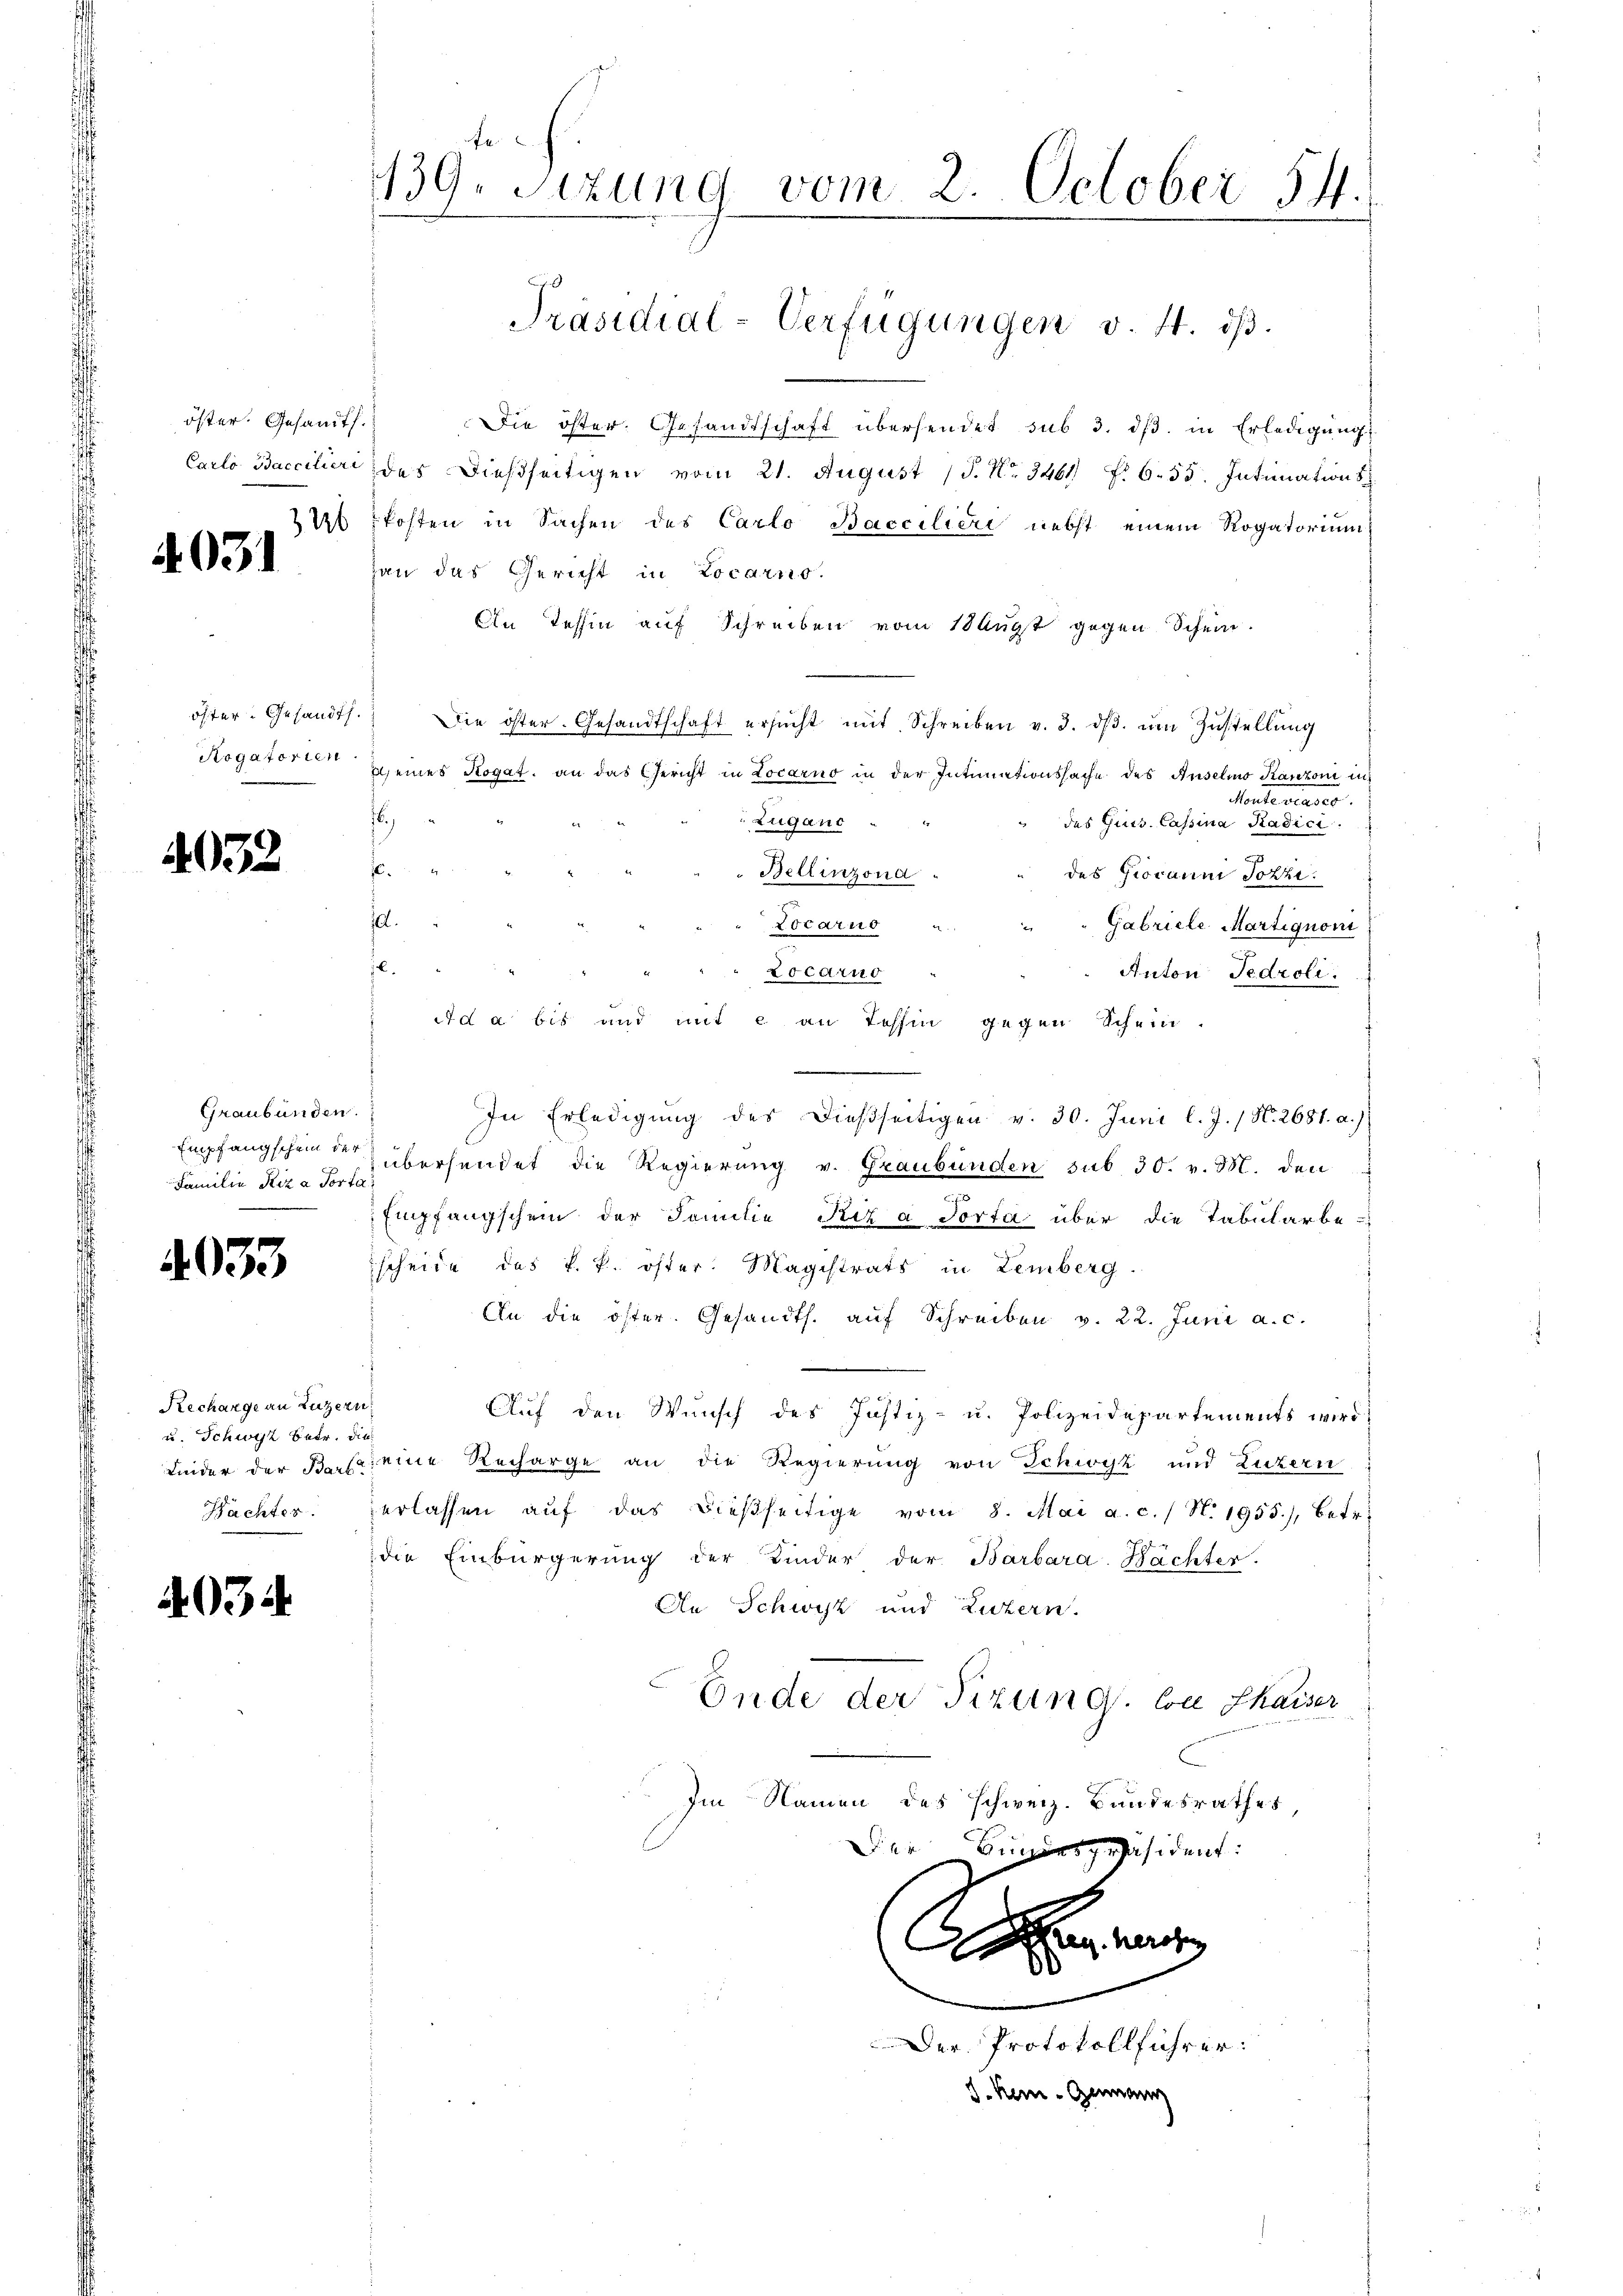
öster. Gesandts.
Carlo Baccilieri
326

4031

öfter Gesandt
Rogatorien

4032

Graubünden.
Empfangschein der
Familie Riza Porte

4053

Rechange an Luzern
u. Schweiz betr. die
Leider der Bart
Nachter

4034

Fe
139. Sizung vom 2. October 54.

Die öster. Gesandtschaft übersendet sub 3. dβ. in Erledigung
des dießseitigen vom 21. August (S. Nr. 3461 f. 655. Intimation s
Posten in Sachen des Carlo Bacciliere nebst einem Rogatorium
han das Gericht in Locarno.
An Tessin auf Schreiben vom 18 Augst gegen Schein-
Die öster. Gesandtschaft ersŭcht mit Schreiben v. 3. dβ. ŭm Zŭstellung
l eines Rogat, an das Gericht in Locarno in der Intimationssache des Anselmo Kanzoni in
Montestato.
6.
des Guts. Cassina Radici
 Lugant . "
.
Bellinzond.
des Giovann Jozzi.

d.
Locarno " " " Gabricle Martignoni
F
Anton Tedroli
Locarno
ida bis und mit 2 an Tessin gegen Schein
In Erledigung des dießseitigen v. 30. Juni l. J. / N. 2681. a.)
übersendet die Regierung v. Graubünden sub 30. v. M. den
e
Empfangschein der Familie Kiz a Porta über die Tabularbe-
scheide das k. k. öster. Magistrats in Lemberg.
An die öster. Gesandts. auf Schreiben v. 22. Juni a.c.

Auf den Wunsch des Justiz- u. Polizeidepartements wird:
eine Recharge an die Regierung von Schwyz und Luzern
erlassen aŭf das dießseitige vom 8. Mai a. c. / N. 1955), betr.
die Einbürgerung der Kinder der Barbara-Bächter.
An Schwyz und Luzern.
Ende der Sizung. Ce thaiser
Im Namen des Schweiz. Bundesrathes
Der Bingespräsident:

Präsidial-Verfügungen v. 4. ds.

A

Der Protokollführer:
J. Kein - Genann